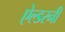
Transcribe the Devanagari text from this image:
ऐल्डरनी